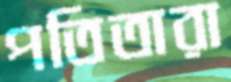
পতিতারা